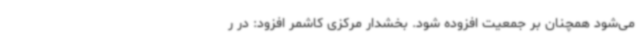
می‌شود همچنان بر جمعیت افزوده شود. بخشدار مرکزی کاشمر افزود: در ر